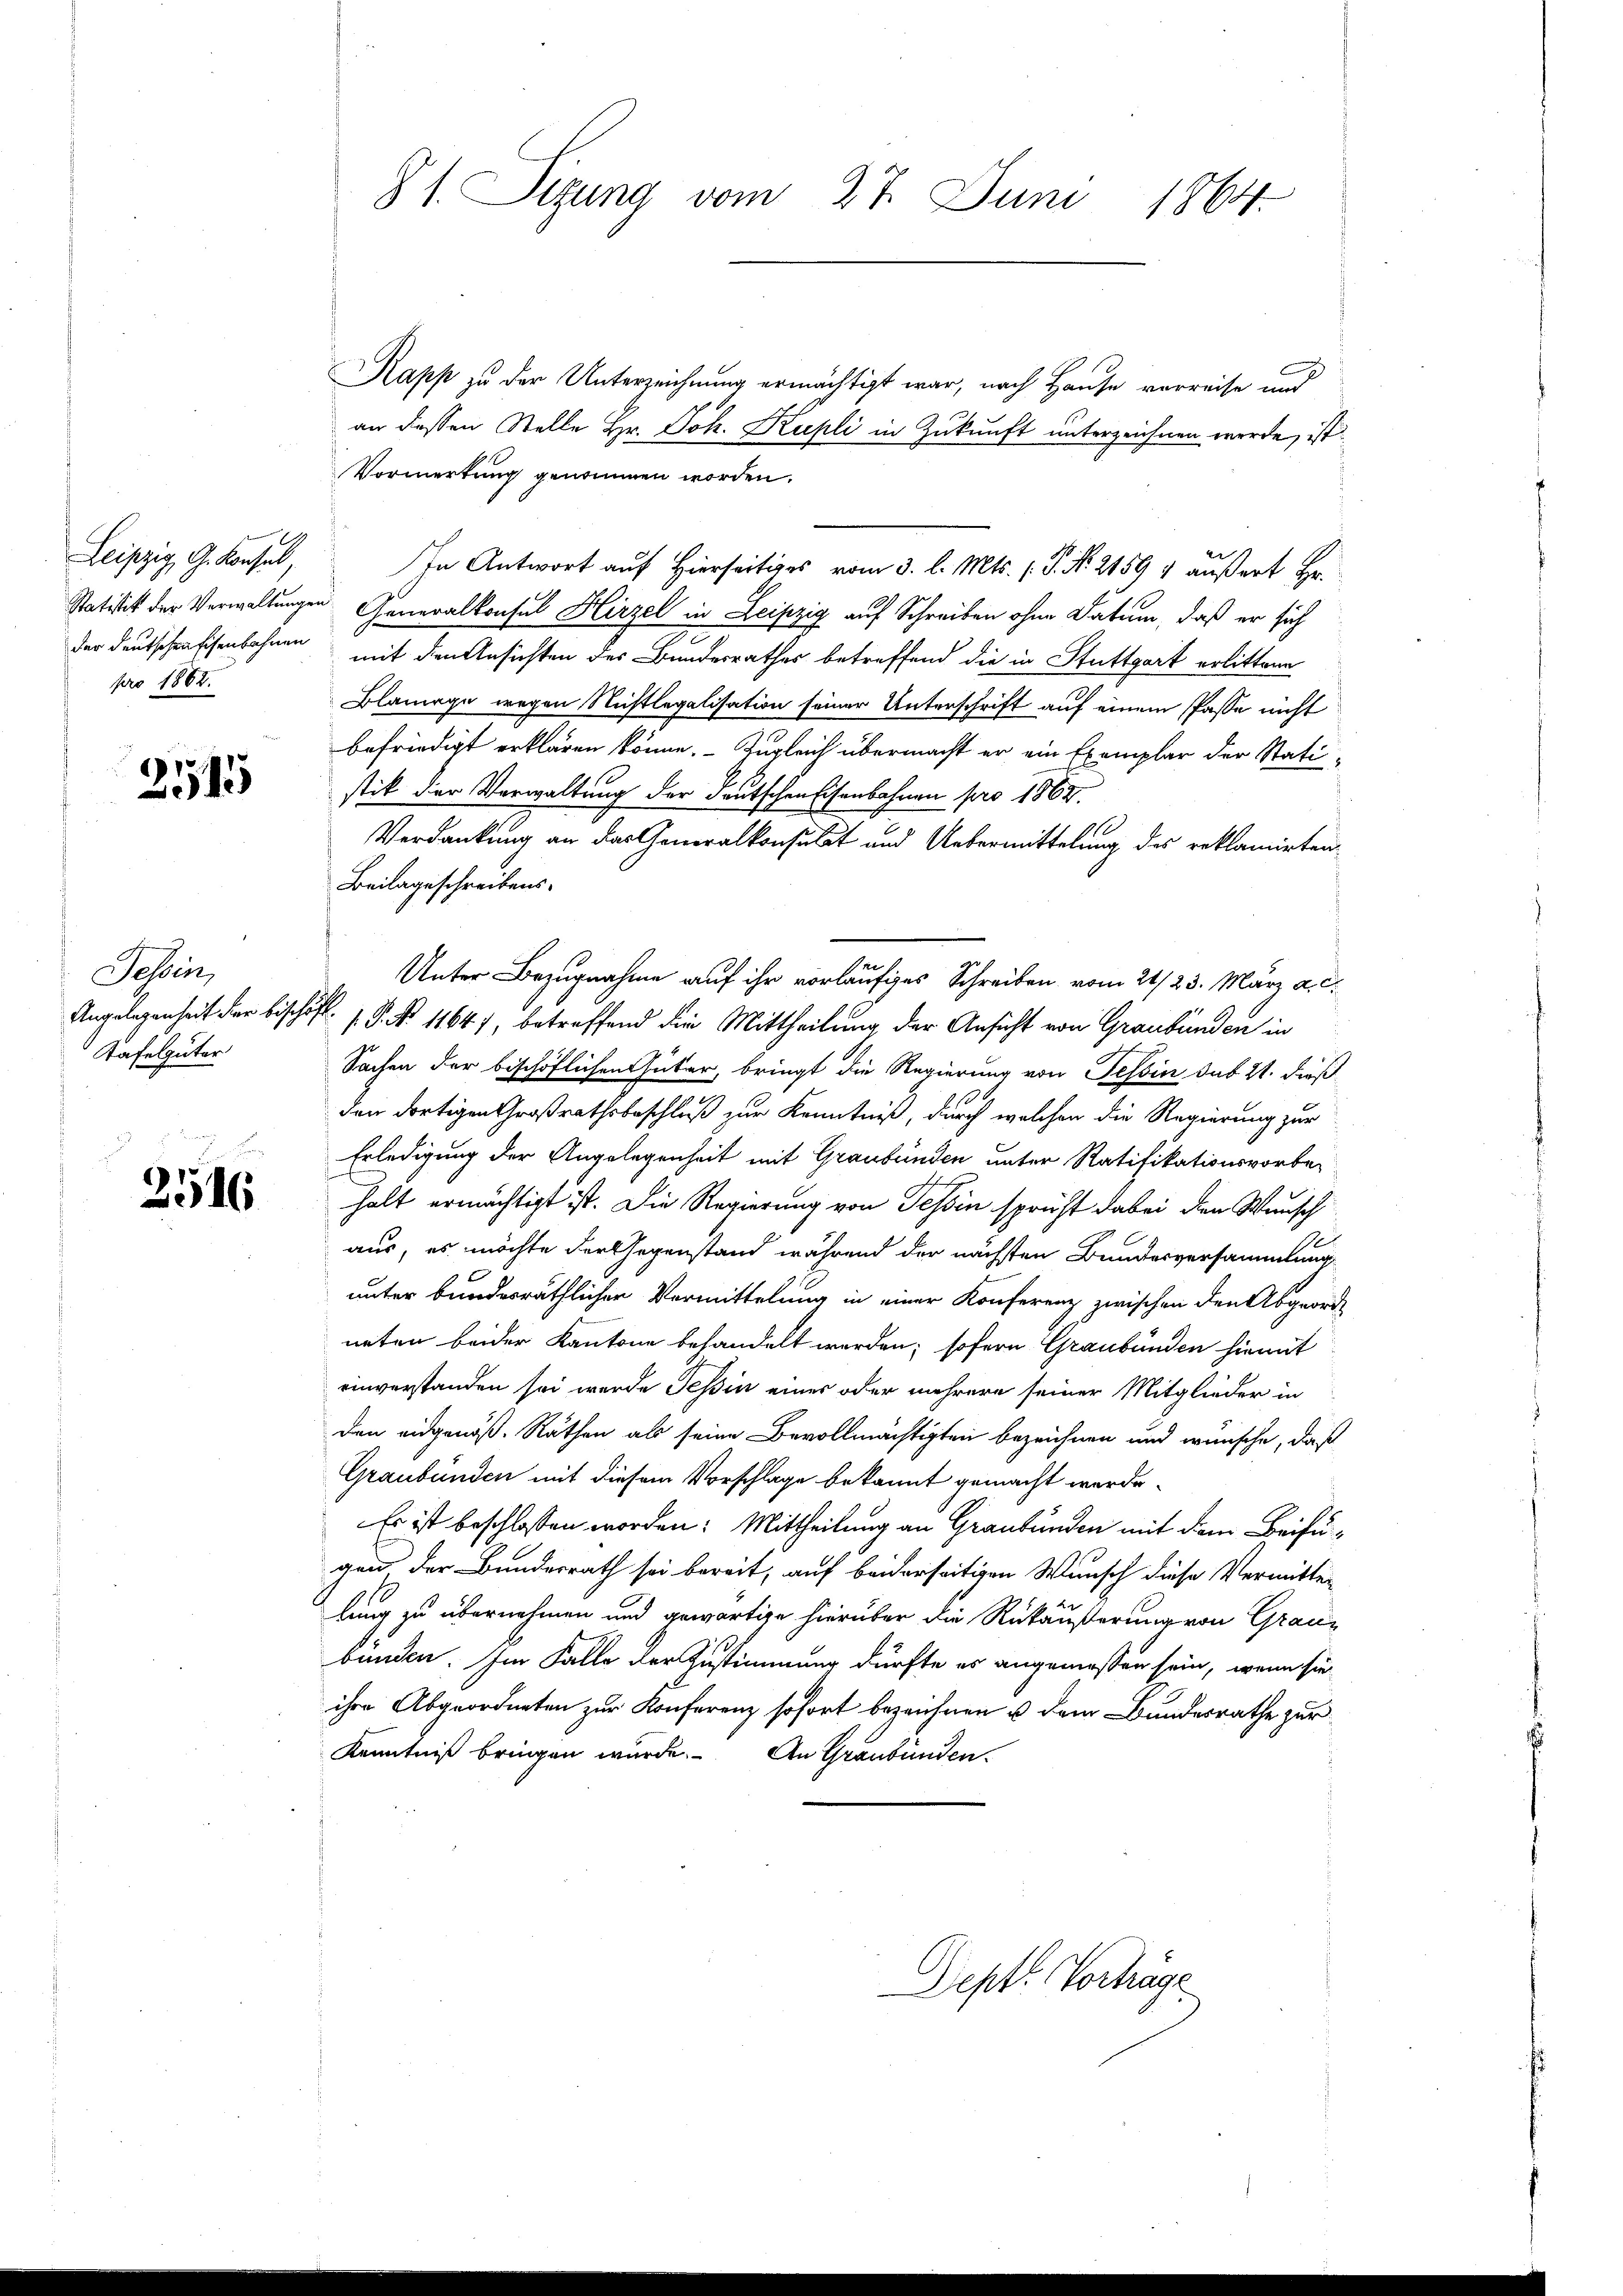
Leipzig, G. Konsel,
pro 1862.

255

Schen,
Tafelgüter

2516

§ 1. Sizung vom 27. Juni 1864

Rapp zu der Unterzeichnung ermächtigt war, nach Hause verreise und
an dessen Stelle Hr. Joh. Kupli in Zukunft unterzeichnen werde, ist
Vormerkung genommen worden.
In Antwort auf Hierseitiges vom 3. l. Mts. (T. No. 21591 äußert Hr.
Statistik der Verwaltungen Generalkonsul Hirzel in Leipzig auf Schreiben ohne Datum, daß er sich
der Deutschenfisenbahnen mit den Ansichten des Bundesrathes betreffend die in Stuttgart erlittern
Blamage wegen Nichtlegalisation seiner Unterschrift auf einem Pässe nicht
befriedigt erklären könne. Zugleich übermacht er ein Exemplar der Statistik der Verwaltung der deutschen Eisenbahnen pro 1864.
Verdankung an das Generalkonsulat und Uebermittelung des reklamirten
Beilageschreibens-
Unter Bezugnahme auf ihr vorläufiges Schreiben vom 21/23. März a. c.
Angelegenheit der beschäftl. P. Nr. 1164), betreffend die Mittheilung der Ansicht von Graubünden in
Sachen der beschöflichen Güter, bringt die Regierung von Tessin sub 21. dieß
den dortigen Großrathsbeschluß zur Kenntniß, durch welchen die Regierung zur
Erledigung der Angelegenheit mit Graubünden unter Ratifikationsvorbe-
halt ermächtigt ist. Die Regierung von Tessin spricht dabei den Wunsch
1
aus, es möchte der Gegenstand während der nächsten Bundesversammlung
unter bundesräthlichen Vermittelung in einer Konferenz zwischen den Abgeord
neten beider Kantone behandelt werden; sofern Graubünden hiemit
einverstanden sei werde Tessin einer oder mehrere seiner Mitglieder in
den eidgenöß. Räthen als seine Bevollmächtigten bezeichnen und wünsche, daß
Graubünden mit diesem Vorschlage bekannt gemacht werde.
Es ist beschlossen worden: Mittheilung an Graubünden mit dem Beifügen der Bundesrath sei bereit, auf beiderseitigen Wunsch diese Vermittei
lung zu übernehmen und gewärtige hierüber die Rükäußerung von Graubunden. Im Falle der Zustimmung dürfte es angemessen sein, wenn sie
ihre Abgeordneten zur Konferenz sofort bezeichnen u dem Bundesrathe zur
Kenntniß bringen wurde. An Graubünden.
Dept. Vorträge